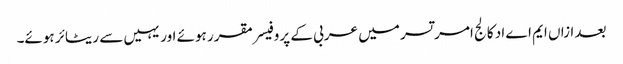
بعد ازاں ایم اے اد کالج امر تسر میں عربی کے پروفیسر مقرر ہوئے اور یہیں سے ریٹائر ہوئے۔